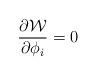
LaTeX: \begin{align*}\frac{\partial {\cal W}}{\partial \phi_i }=0\end{align*}